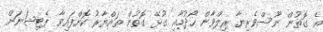
އެ ގޮތުން ނޫސްވެރިޔާ ރިލްވާން ހޯދުމާއި ގުޅޭ ގޮތުން ތައްޔާރު ކޮށްފައިވާ ޕެޓިޝަނަށް